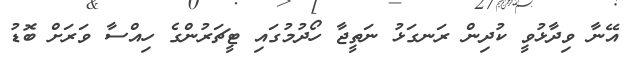
އޭނާ ވިދާޅުވީ ކުދިން ރަނގަޅު ނަތީޖާ ހޯދުމުގައި ޓީޗަރުންގެ ހިއްސާ ވަރަށް ބޮޑު